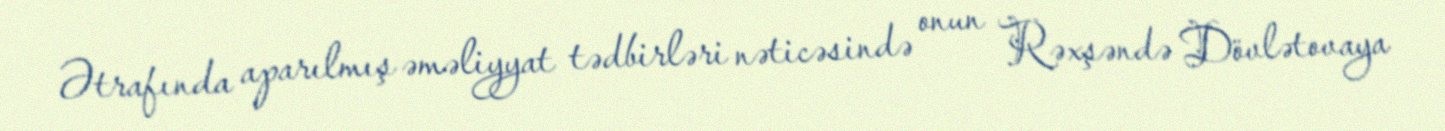
Ətrafında aparılmış əməliyyat tədbirləri nəticəsində onun Rəxşəndə Dövlətovaya